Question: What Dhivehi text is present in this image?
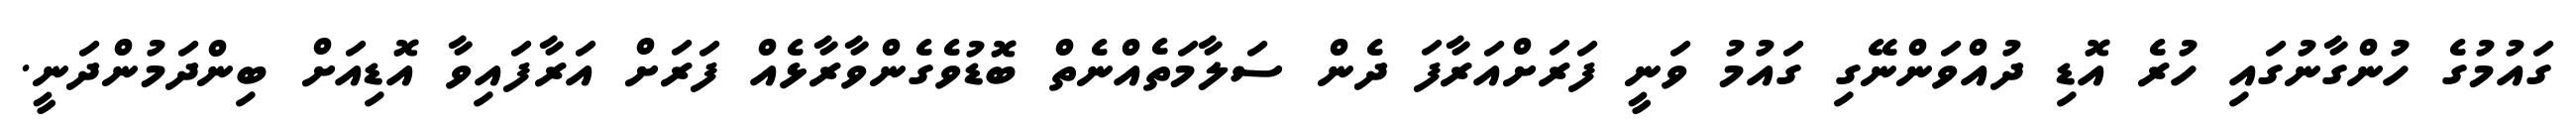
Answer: ގައުމުގެ ހުންގާނުގައި ހުރެ އޮޑި ދުއްވަންނޭގި ގައުމު ވަނީ ފަރަށްއަރާފަ ދެން ސަލާމަތެއްނެތް ބޮޑުވެގެންވާރާޅެއް ފަރަށް އަރާފައިވާ އޮޑިއަށް ބިންދަމުންދަނީ.